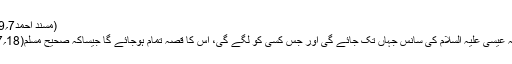
(مسند احمد7؍19)
بلکہ عیسیٰ علیہ السلام کی سانس جہاں تک جائے گی اور جس کسی کو لگے گی، اس کا قصہ تمام ہوجائے گا جیساکہ صحیح مسلم(18؍67۔